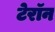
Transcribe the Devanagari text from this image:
टेरॉन